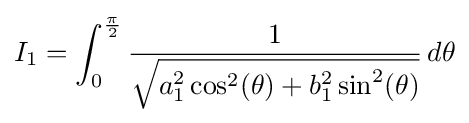
I_{1}=\int _{0}^{\frac {\pi }{2}}{\frac {1}{\sqrt {a_{1}^{2}\cos ^{2}(\theta )+b_{1}^{2}\sin ^{2}(\theta )}}}\,d\theta